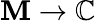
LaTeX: \mathbf{M}\to\mathbb{{C}}